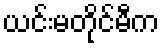
ယင်းမတိုင်မီက